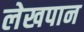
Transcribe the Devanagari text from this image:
लेखपान